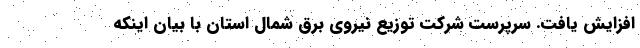
افزایش یافت. سرپرست شرکت توزیع نیروی برق شمال استان با بیان اینکه